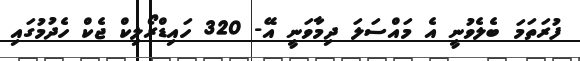
ފުރަތަމަ ބެލެވުނީ އެ މައްސަލަ ދިމާވަނީ އޭ- 320 ހައިޑްރޯލިކް ޖެކް ހެދުމުގައި